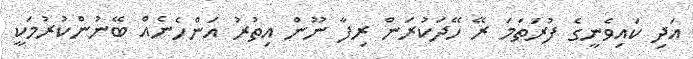
އަދި ކައިވެނީގެ ފުރަތަމަ ރޭ ހޭދަކުރަން ރިފާ ނޫން އިތުރު އަންހެނެއް ބޭނުންކުރުމަކީ